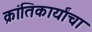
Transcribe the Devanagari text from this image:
क्रांतिकार्यांचा